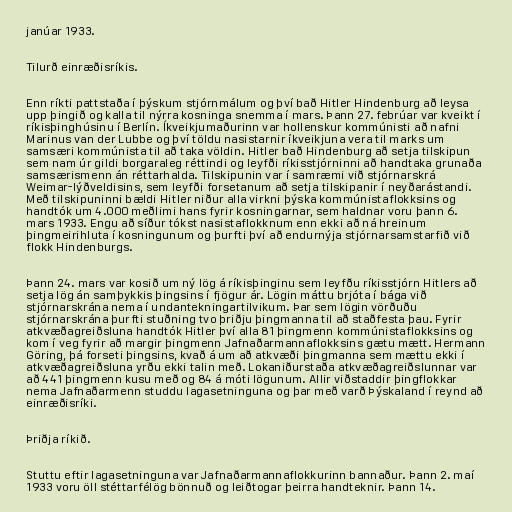
janúar 1933.

Tilurð einræðisríkis.

Enn ríkti pattstaða í þýskum stjórnmálum og því bað Hitler Hindenburg að leysa
upp þingið og kalla til nýrra kosninga snemma í mars. Þann 27. febrúar var kveikt í
ríkisþinghúsinu í Berlín. Íkveikjumaðurinn var hollenskur kommúnisti að nafni
Marinus van der Lubbe og því töldu nasistarnir íkveikjuna vera til marks um
samsæri kommúnista til að taka völdin. Hitler bað Hindenburg að setja tilskipun
sem nam úr gildi borgaraleg réttindi og leyfði ríkisstjórninni að handtaka grunaða
samsærismenn án réttarhalda. Tilskipunin var í samræmi við stjórnarskrá
Weimar-lýðveldisins, sem leyfði forsetanum að setja tilskipanir í neyðarástandi.
Með tilskipuninni bældi Hitler niður alla virkni þýska kommúnistaflokksins og
handtók um 4.000 meðlimi hans fyrir kosningarnar, sem haldnar voru þann 6.
mars 1933. Engu að síður tókst nasistaflokknum enn ekki að ná hreinum
þingmeirihluta í kosningunum og þurfti því að endurnýja stjórnarsamstarfið við
flokk Hindenburgs.

Þann 24. mars var kosið um ný lög á ríkisþinginu sem leyfðu ríkisstjórn Hitlers að
setja lög án samþykkis þingsins í fjögur ár. Lögin máttu brjóta í bága við
stjórnarskrána nema í undantekningartilvikum. Þar sem lögin vörðuðu
stjórnarskrána þurfti stuðning tvo þriðju þingmanna til að staðfesta þau. Fyrir
atkvæðagreiðsluna handtók Hitler því alla 81 þingmenn kommúnistaflokksins og
kom í veg fyrir að margir þingmenn Jafnaðarmannaflokksins gætu mætt. Hermann
Göring, þá forseti þingsins, kvað á um að atkvæði þingmanna sem mættu ekki í
atkvæðagreiðsluna yrðu ekki talin með. Lokaniðurstaða atkvæðagreiðslunnar var
að 441 þingmenn kusu með og 84 á móti lögunum. Allir viðstaddir þingflokkar
nema Jafnaðarmenn studdu lagasetninguna og þar með varð Þýskaland í reynd að
einræðisríki.

Þriðja ríkið.

Stuttu eftir lagasetninguna var Jafnaðarmannaflokkurinn bannaður. Þann 2. maí
1933 voru öll stéttarfélög bönnuð og leiðtogar þeirra handteknir. Þann 14.